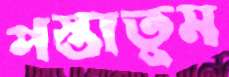
পস্তাতুম